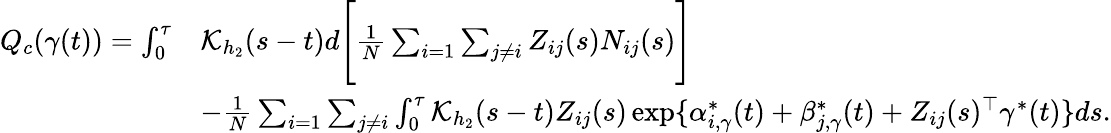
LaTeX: \begin{array}{rl}{Q_{c}(\gamma(t))=\int_{0}^{\tau}}&{\mathcal{K}_{h_{2}}(s-t)d\Bigg[\frac{1}{N}\sum_{i=1}\sum_{j\neq i}Z_{ij}(s)N_{ij}(s)\Bigg]}\\ &{-\frac{1}{N}\sum_{i=1}\sum_{j\neq i}\int_{0}^{\tau}\mathcal{K}_{h_{2}}(s-t)Z_{ij}(s)\exp\{ \alpha_{i,\gamma}^{*}(t)+\beta_{j,\gamma}^{*}(t)+Z_{ij}(s)^{\top}\gamma^{*}(t)\} ds.}\end{array}